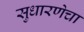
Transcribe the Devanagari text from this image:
सुधारणेचा